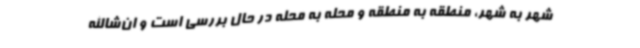
شهر به شهر، منطقه به منطقه و محله به محله در حال بررسی است و ان‌شاالله